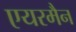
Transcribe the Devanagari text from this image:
एयरमैन